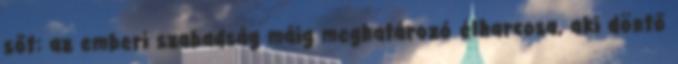
sőt: az emberi szabadság máig meghatározó élharcosa, aki döntő